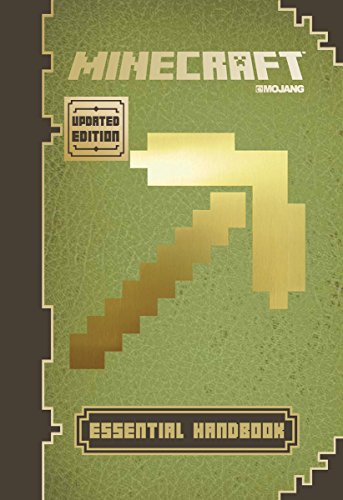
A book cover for Minecraft: Essential Handbook (Updated Edition): An Official Mojang Book; Stephanie Milton; Children's Books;